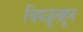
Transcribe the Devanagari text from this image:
चिपळूनहून